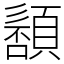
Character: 䫠